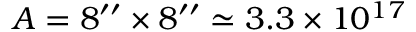
A = 8 ^ { \prime \prime } \times 8 ^ { \prime \prime } \simeq 3 . 3 \times 1 0 ^ { 1 7 }